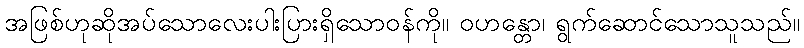
အဖြစ်ဟုဆိုအပ်သောလေးပါးပြားရှိသောဝန်ကို။ ဝဟန္တော၊ ရွက်ဆောင်သောသူသည်။